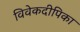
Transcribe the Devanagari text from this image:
विवेकदीपिका